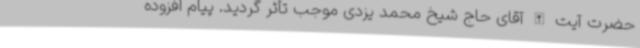
حضرت آیت الله آقای حاج شیخ محمد یزدی موجب تأثر گردید. پیام افزوده